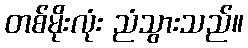
တစ်မိုးလုံး ညံသွားသည်။